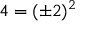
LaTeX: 4 = ( \pm 2 ) ^ { 2 }